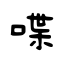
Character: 喋